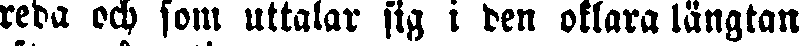
reda och som uttalar sig i den oklara längtan